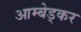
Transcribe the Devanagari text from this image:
आम्बेड्कर